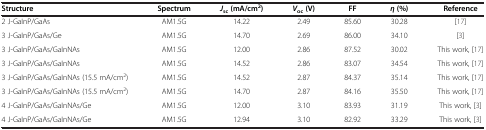
| Structure | Spectrum | Jsc (mA/cm2) | Voc (V) | FF | η (%) | Reference |
 | --- | --- | --- | --- | --- | --- | --- |
 | 2 J-GaInP/GaAs | AM1.5G | 14.22 | 2.49 | 85.60 | 30.28 | [17] |
 | 3 J-GaInP/GaAs/Ge | AM1.5G | 14.70 | 2.69 | 86.00 | 34.10 | [3] |
 | 3 J-GaInP/GaAs/GaInNAs | AM1.5G | 12.00 | 2.86 | 87.52 | 30.02 | This work, [17] |
 | 3 J-GaInP/GaAs/GaInNAs | AM1.5G | 14.52 | 2.86 | 83.07 | 34.54 | This work, [17] |
 | 3 J-GaInP/GaAs/GaInNAs (15.5 mA/cm2) | AM1.5G | 14.52 | 2.87 | 84.37 | 35.14 | This work, [17] |
 | 3 J-GaInP/GaAs/GaInNAs (15.5 mA/cm2) | AM1.5G | 14.70 | 2.87 | 84.16 | 35.50 | This work, [17] |
 | 4 J-GaInP/GaAs/GaInNAs/Ge | AM1.5G | 12.00 | 3.10 | 83.93 | 31.19 | This work, [3] |
 | 4 J-GaInP/GaAs/GaInNAs/Ge | AM1.5G | 12.94 | 3.10 | 82.92 | 33.29 | This work, [3] |